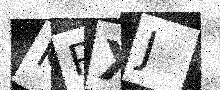
Text: KPXJ